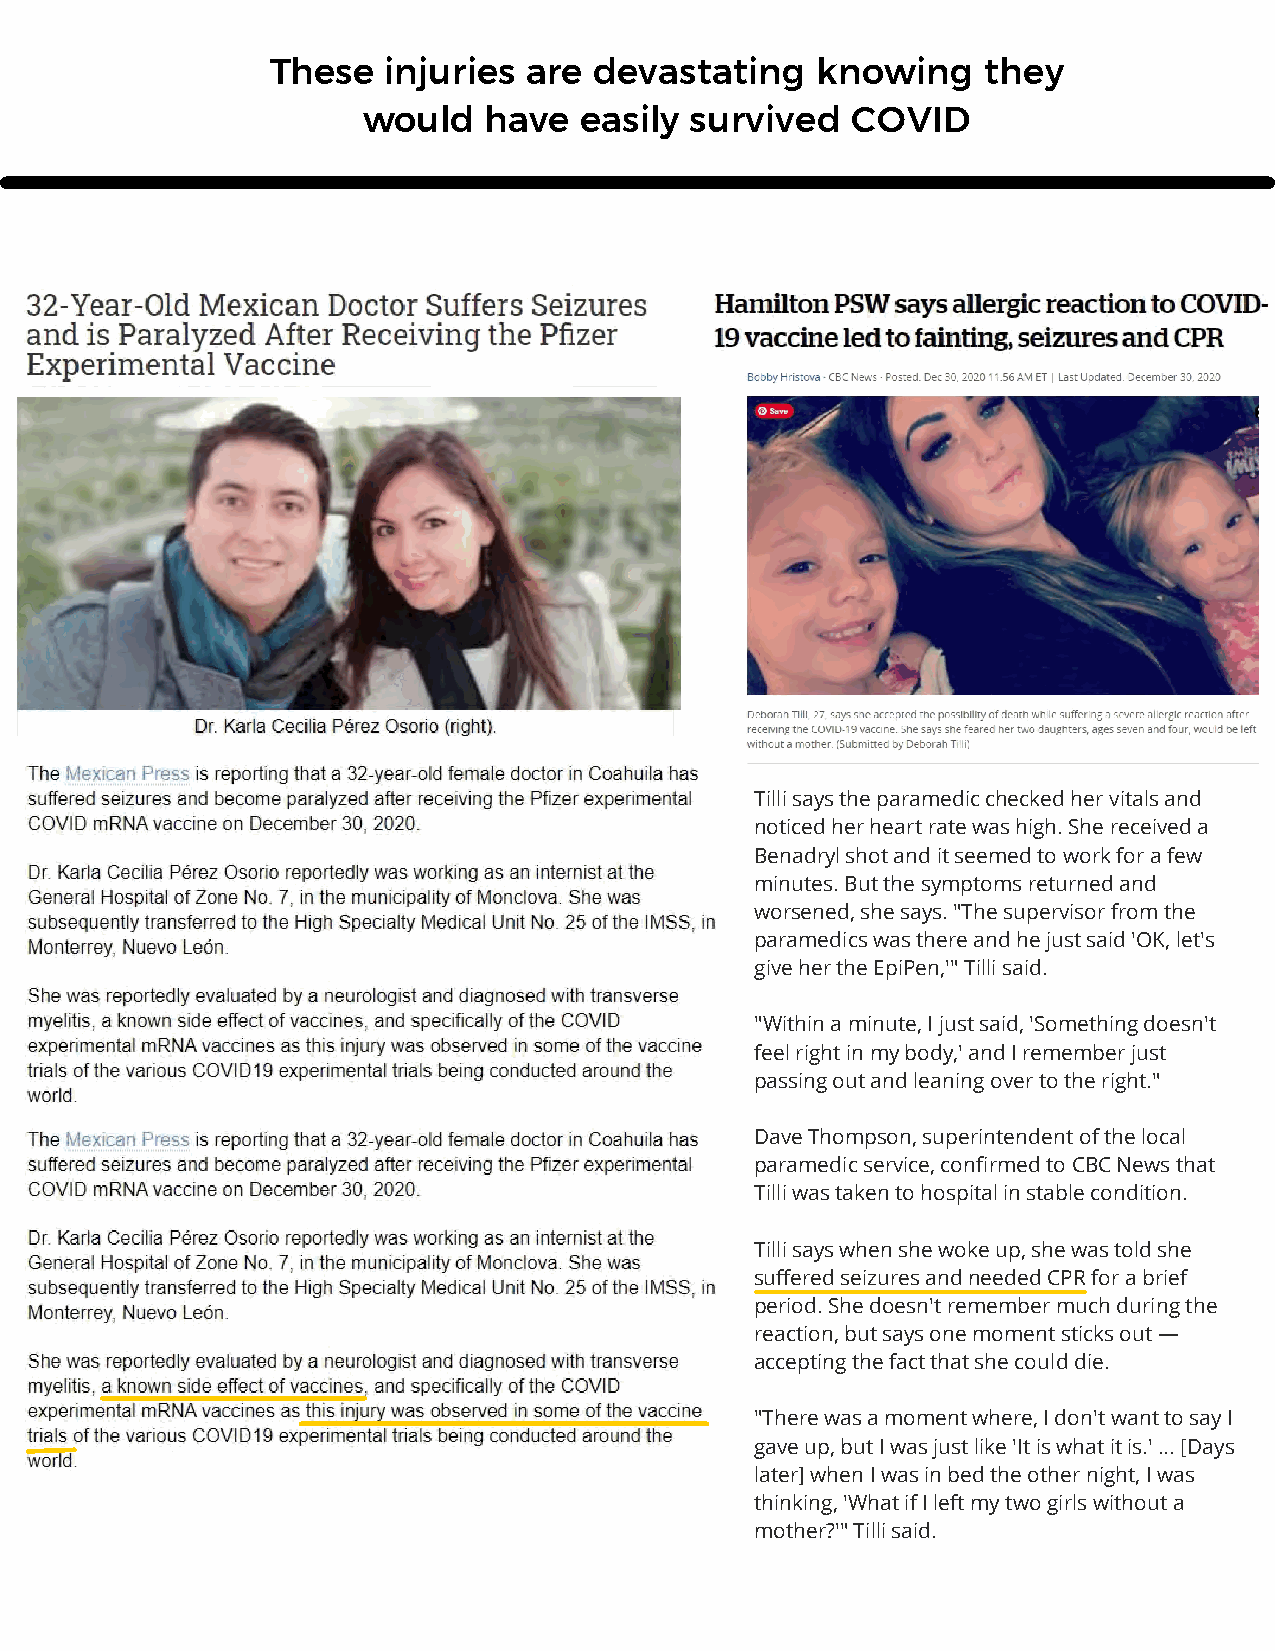
These   injuries are devastating    knowing    they
 would   have  easily  survived  COVID
 Tilli says the paramedic checked her vitals and
 noticed her heart rate was high. She received a
 Benadryl shot and it seemed to work for a few
 minutes. But the symptoms returned and
 worsened, she says. "The supervisor from the
 paramedics was there and he just said 'OK, let's
 give her the EpiPen,'" Tilli said.
 "Within a minute, I just said, 'Something doesn't
 feel right in my body,' and I remember just
 passing out and leaning over to the right."
 Dave Thompson, superintendent of the local
 paramedic service, confirmed to CBC News that
 Tilli was taken to hospital in stable condition.
 Tilli says when she woke up, she was told she
 suffered seizures and needed CPR for a brief
 period. She doesn't remember much during the
 reaction, but says one moment sticks out —
 accepting the fact that she could die.
 "There was a moment where, I don't want to say I
 gave up, but I was just like 'It is what it is.' ... [Days
 later] when I was in bed the other night, I was
 thinking, 'What if I left my two girls without a
 mother?'" Tilli said.